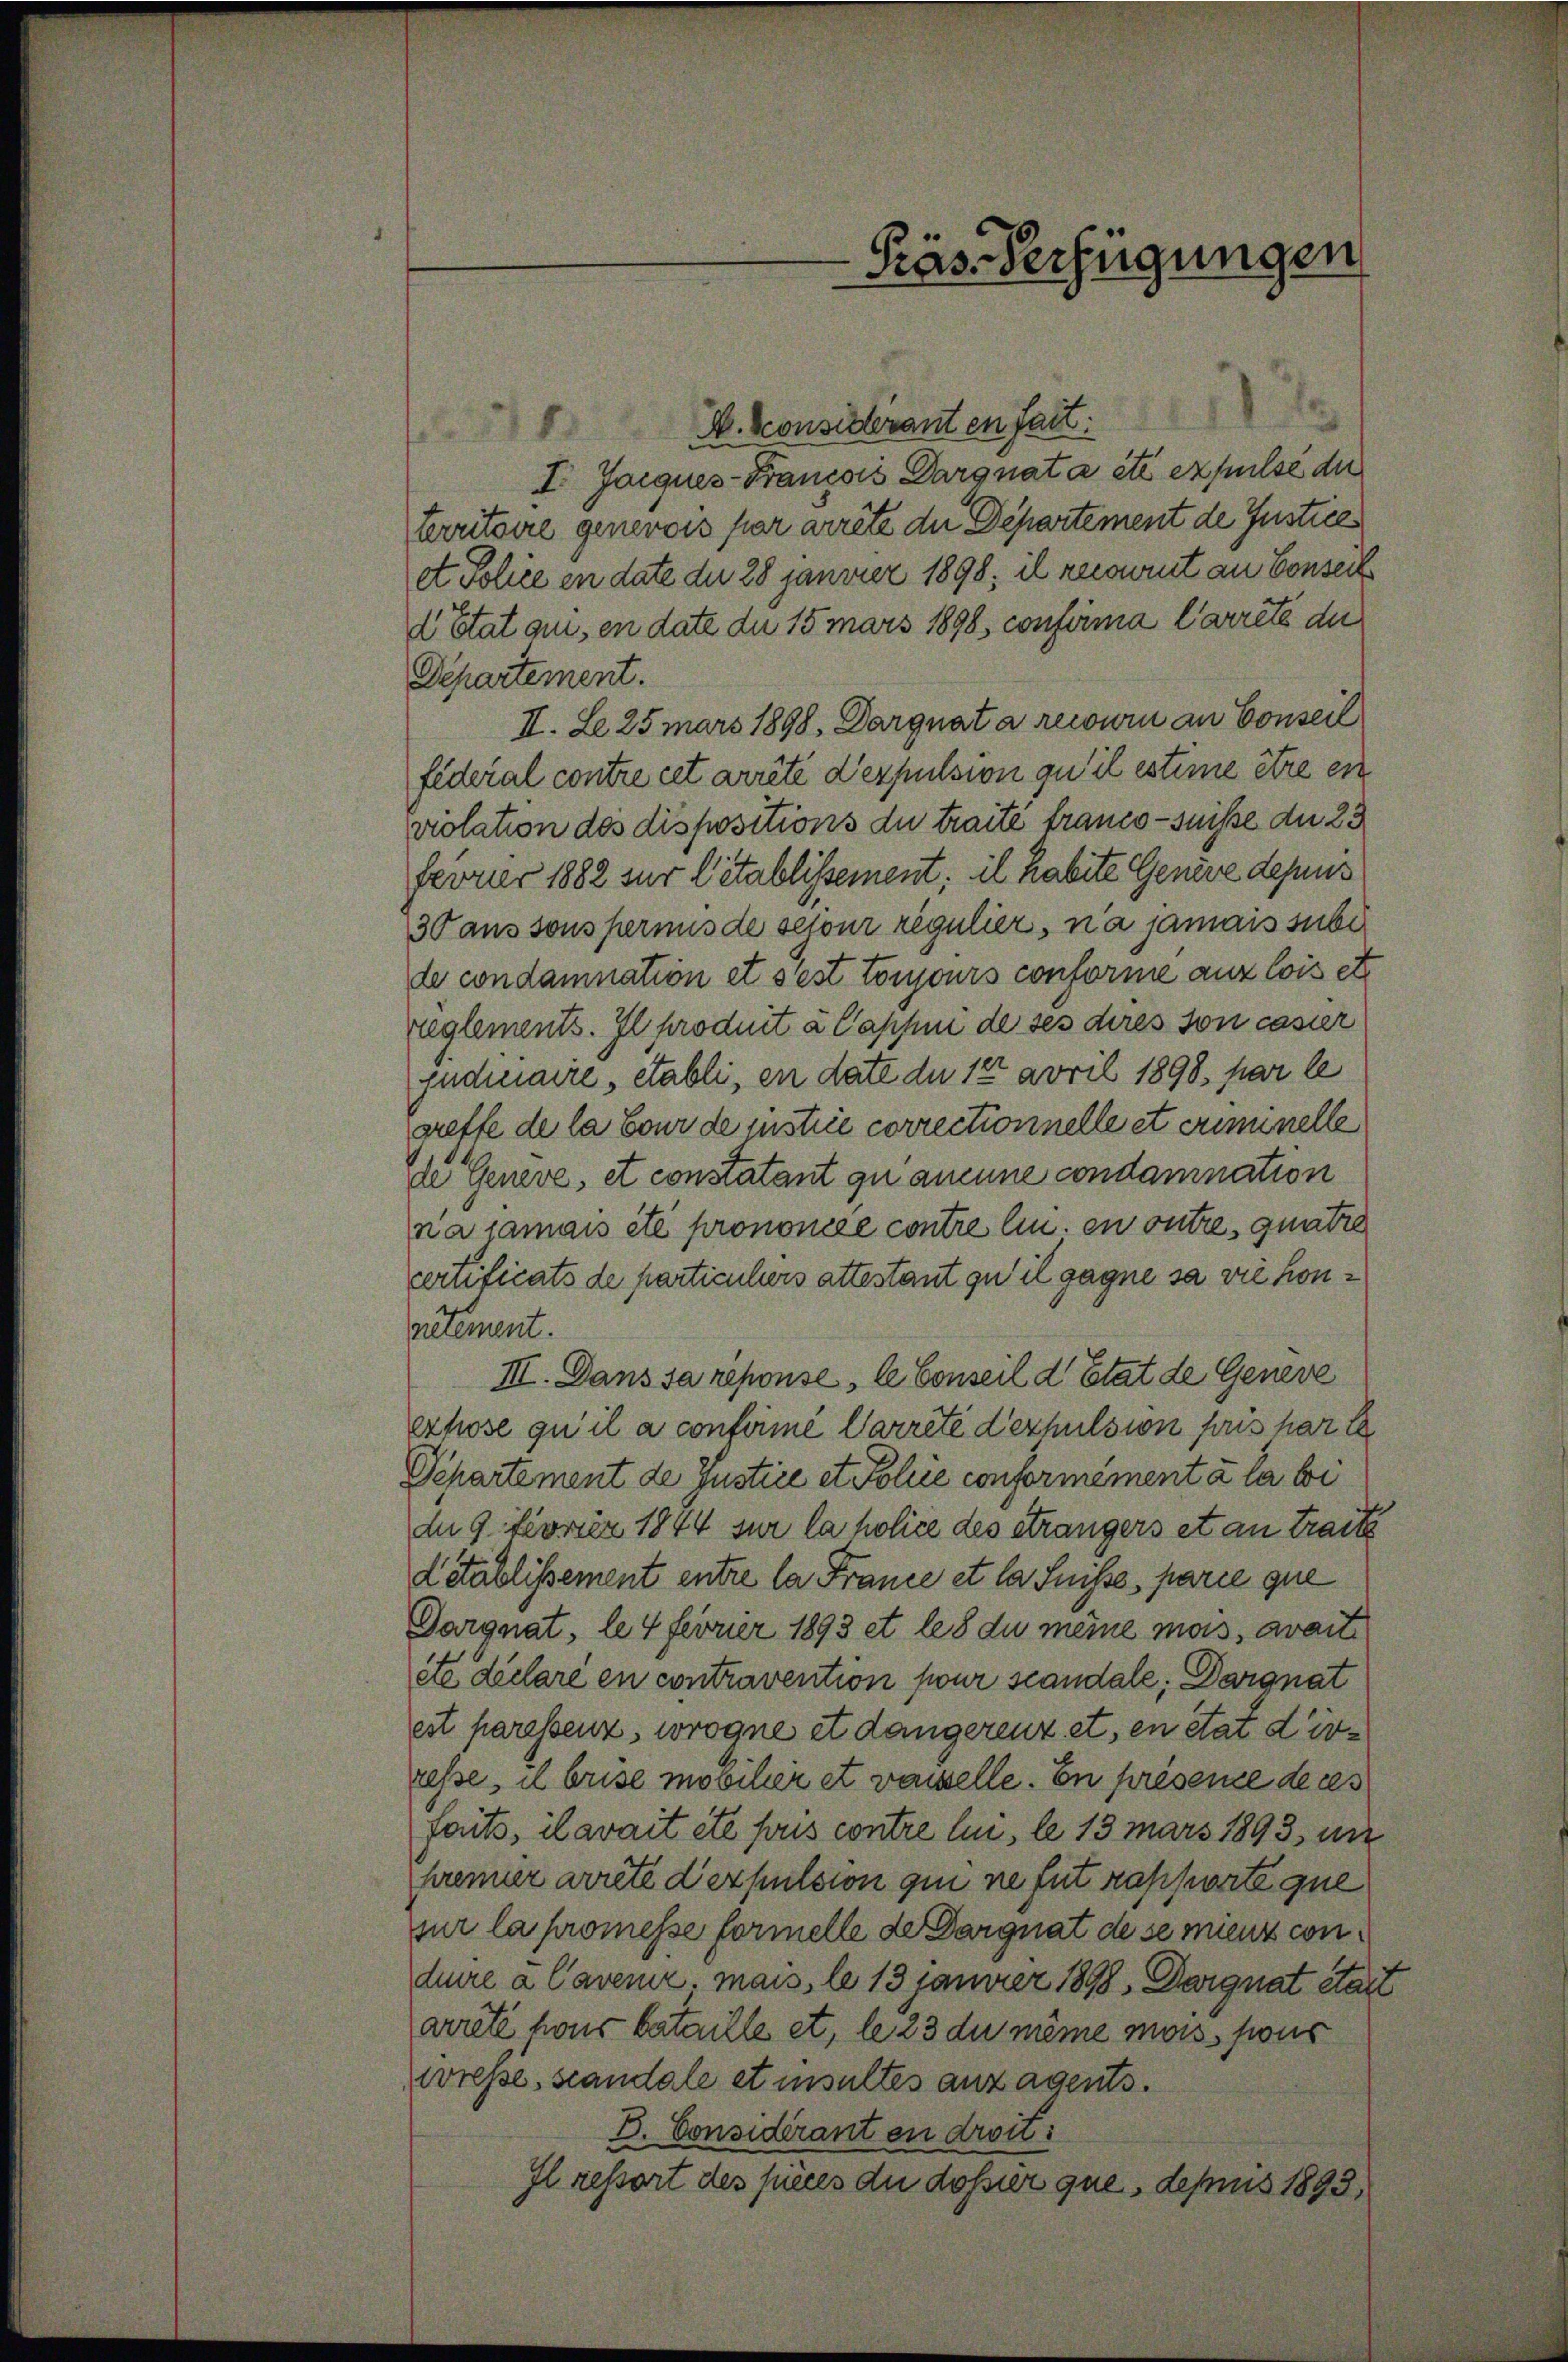
A. Konsideranten Fact:
I. Jacques-Francois Dargnat a été expulse die
territoire generois par arrête die Departement de Justices
et Police in date der 28 Janvier 1898; il recourt an Conseil
 Etat aus, en date du 15 mars 1898, confirma Carreté du
Departement.
II. Le 25 mars 1898. Darguat a recourii an Conseil
federal contre cet arrêté d’espulsion qu’il estime être en
violation des dispositions du traite franco-sniße du 23
Fevrier 1882 sur l’établissement; il habite Genere depuis
30 aus sous permis de sejour regulier, na jamais sube
de condamnation et sest toujours conforme aux lois et
reglements. Il produit à Capsui de ses dires son casier
judiciaire, etabli, en date du 12 April 1898, par le
greffe de la Cour de instrie correctionnelle et criminelle
de Geneve, et constatant zu aucune condamnation
na jamais été prononcée contre lin. en outre, quatre
certificats de particuliers attestant qu’ il gagne sa vie hon¬
Partement.
III. Dans sa reponse, le Conseil d’Etat de Geneve
exhose qu’il a confirmé Carrete derpulsion pris par
Departement de Justice et Police conformément à la bi
an 9. Ferner 1844 sur la holice des étrangers et an traite
détablissement entre la France et la Suisse, parie que
Gargnat, le 4 Fevrier 1893 et les du meine mas, avait
etc. declare en contravention pour scandale; Dargnat
est paressenz, wrogne et dangerenz et, en état dirresse, il brise mobilier et vaiselle. En présence de ces
faits, il avait été sous contre lui, le 13 mars 1893, im
premier arrete der pulsion qui ne fut rapporte que
sur la promesse formelle de Dargnat de se mienz conduire a Cavenir. Mais, le 13 Januar 1898. Dargnat Statt
arreté hous bataille et, le 23 du même mois, sous
wresse, standale et insultes anzagents.
D. Considerant en droit:
Il ressort des pièces du dossier que, depris 1893,

-Präs. Verfügungen